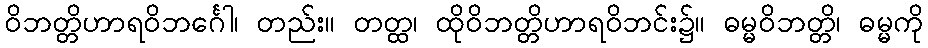
ဝိဘတ္တိဟာရဝိဘင်္ဂေါ၊ တည်း။ တတ္ထ၊ ထိုဝိဘတ္တိဟာရဝိဘင်း၌။ ဓမ္မဝိဘတ္တိ၊ ဓမ္မကို